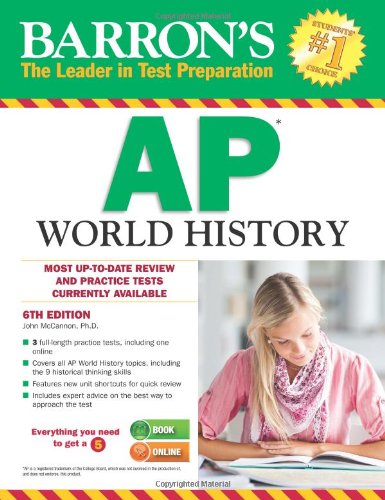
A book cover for Barron's AP World History, 6th Edition; John McCannon; Test Preparation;